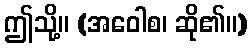
ဤသို့။ (အဝေါစ၊ ဆို၏။)